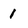
Character: 1